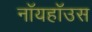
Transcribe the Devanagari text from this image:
नॉयहॉउस